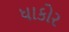
ધાકોર